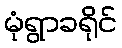
မုံရွာခရိုင်